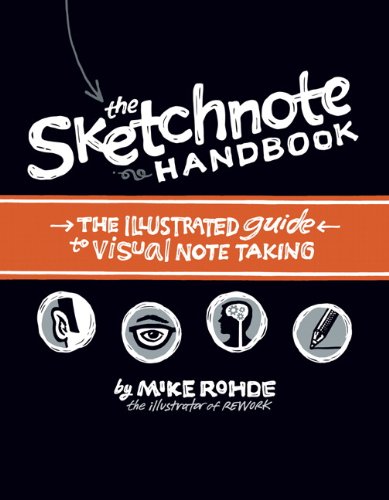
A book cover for The Sketchnote Handbook: the illustrated guide to visual note taking; Mike Rohde; Computers & Technology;